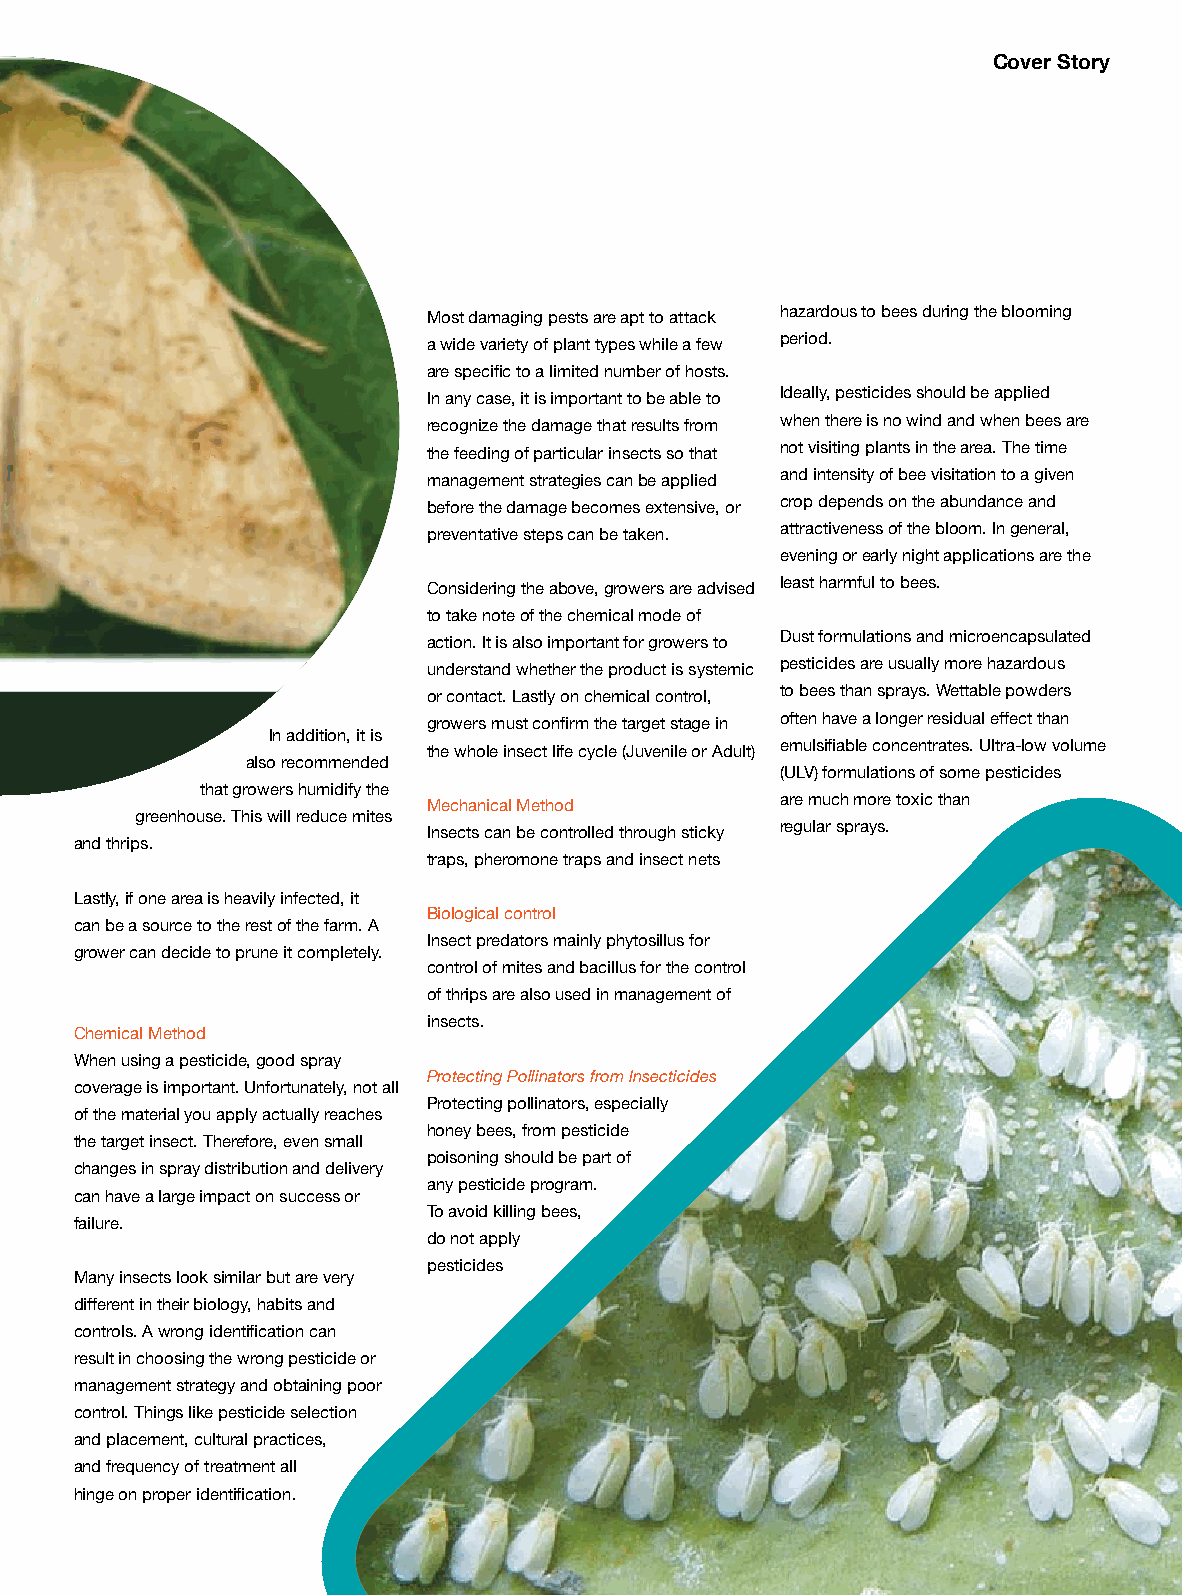
Cover Story
 Most damaging pests are apt to attack hazardous to bees during the blooming
 a wide variety of plant types while a few period.
 are specific to a limited number of hosts.
 In any case, it is important to be able to Ideally, pesticides should be applied
 recognize the damage that results from when there is no wind and when bees are
 the feeding of particular insects so that not visiting plants in the area. The time
 management strategies can be applied and intensity of bee visitation to a given
 before the damage becomes extensive, or crop depends on the abundance and
 preventative steps can be taken. attractiveness of the bloom. In general,
 evening or early night applications are the
 Considering the above, growers are advised least harmful to bees.
 to take note of the chemical mode of
 action. It is also important for growers to Dust formulations and microencapsulated
 understand whether the product is systemic pesticides are usually more hazardous
 or contact. Lastly on chemical control, to bees than sprays. Wettable powders
 growers must confirm the target stage in often have a longer residual effect than
 In addition, it is
 the whole insect life cycle (Juvenile or Adult) emulsifiable concentrates. Ultra-low volume
 also recommended
 (ULV) formulations of some pesticides
 that growers humidify the
 Mechanical Method       are much more toxic than
 greenhouse. This will reduce mites
 Insects can be controlled through sticky regular sprays.
 and thrips.
 traps, pheromone traps and insect nets
 Lastly, if one area is heavily infected, it
 Biological control
 can be a source to the rest of the farm. A
 Insect predators mainly phytosillus for
 grower can decide to prune it completely.
 control of mites and bacillus for the control
 of thrips are also used in management of
 insects.
 Chemical Method
 When using a pesticide, good spray
 Protecting Pollinators from Insecticides
 coverage is important. Unfortunately, not all
 Protecting pollinators, especially
 of the material you apply actually reaches
 honey bees, from pesticide
 the target insect. Therefore, even small
 poisoning should be part of
 changes in spray distribution and delivery
 any pesticide program.
 can have a large impact on success or
 To avoid killing bees,
 failure.
 do not apply
 pesticides
 Many insects look similar but are very
 different in their biology, habits and
 controls. A wrong identification can
 result in choosing the wrong pesticide or
 management strategy and obtaining poor
 control. Things like pesticide selection
 and placement, cultural practices,
 and frequency of treatment all
 hinge on proper identification.
 Floriculture . November - December 2021